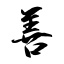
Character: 善